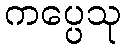
ကပ္ပေသု